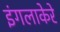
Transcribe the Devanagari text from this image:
इंगलाकेरे